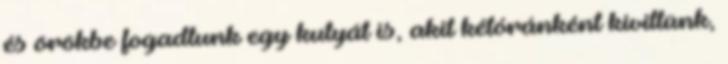
és örökbe fogadtunk egy kutyát is, akit kétóránként kivittünk,